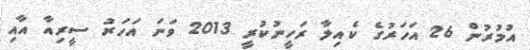
އުމުރުން 26 އަހަރުގެ ކެއިލާ ރަހީނުކުރީ 2013 ވަނަ އަހަރު ސީރިއާ އާއި